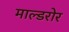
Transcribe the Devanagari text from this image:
माल्डरोर